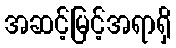
အဆင့်မြင့်အရာရှိ